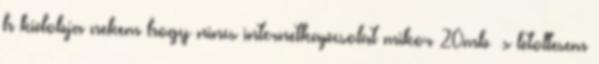
h kidobja nekem hogy nincs internetkapcsolat mikor 20mb s letoltesem